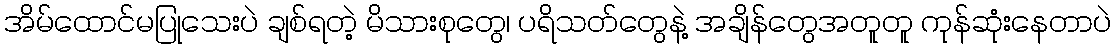
အိမ်ထောင်မပြုသေးပဲ ချစ်ရတဲ့ မိသားစုတွေ၊ ပရိသတ်တွေနဲ့ အချိန်တွေအတူတူ ကုန်ဆုံးနေတာပဲ